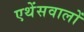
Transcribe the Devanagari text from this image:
एथेंसवालों